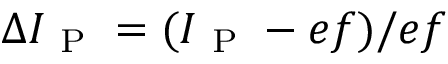
\Delta I _ { \mathrm { ~ P ~ } } = ( I _ { \mathrm { ~ P ~ } } - e f ) / e f